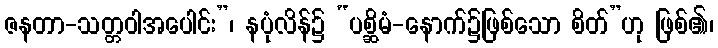
ဇနတာ-သတ္တဝါအပေါင်း”၊ နပုံလိန်၌ “ပစ္ဆိမံ-နောက်၌ဖြစ်သော စိတ်”ဟု ဖြစ်၏၊